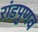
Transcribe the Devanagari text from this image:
रांडपुणव